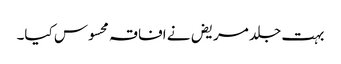
بہت جلد مریض نے افاقہ محسوس کیا۔